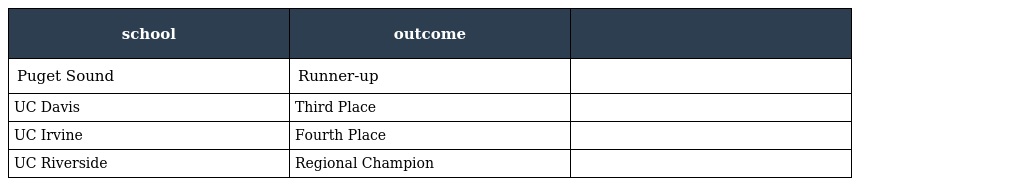
| school | outcome |  |
 | --- | --- | --- |
 | Puget Sound | Runner-up |  |
 | UC Davis | Third Place |  |
 | UC Irvine | Fourth Place |  |
 | UC Riverside | Regional Champion |  |